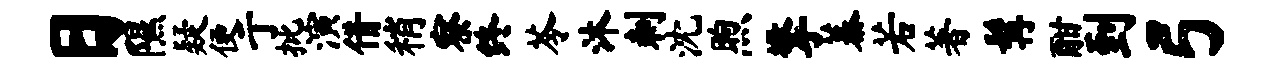
日隰疑便亍批演借稍察终苓沐刺沈煦擎蓁若著髯酣到弓